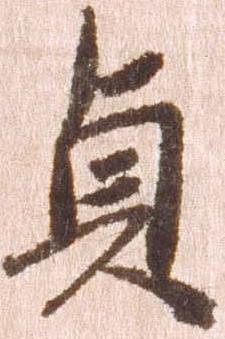
貞